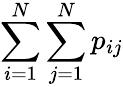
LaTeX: \sum_{i=1}^{N}\sum_{j=1}^{N}p_{ij}